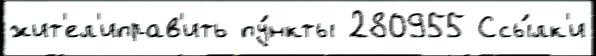
жит'ел'иправ'ить пу́нкты 280955 Ссы́лк'и